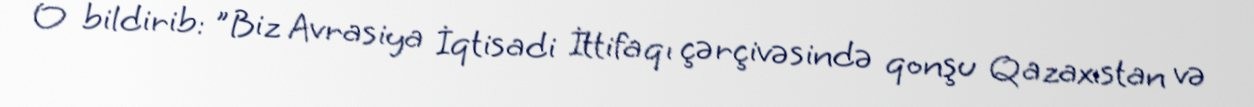
O bildirib: "Biz Avrasiya İqtisadi İttifaqı çərçivəsində qonşu Qazaxıstan və